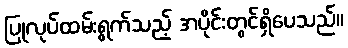
ပြုလုပ်ထမ်းရွက်သည့် အပိုင်းတွင်ရှိပေသည်။